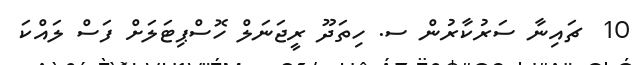
10  ޗައިނާ ސަރުކާރުން ސ. ހިތަދޫ ރީޖަނަލް ހޮސްޕިޓަލަށް ފަސް ލައްކަ